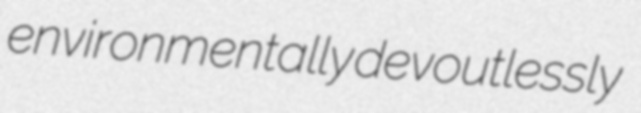
environmentally devoutlessly